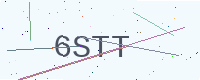
Text: 6STT